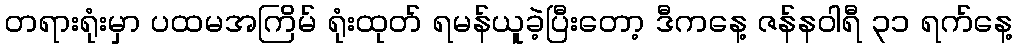
တရားရုံးမှာ ပထမအကြိမ် ရုံးထုတ် ရမန်ယူခဲ့ပြီးတော့ ဒီကနေ့ ဇန်နဝါရီ ၃၁ ရက်နေ့